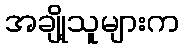
အချို့သူများက